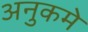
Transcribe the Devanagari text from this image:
अनुकमे